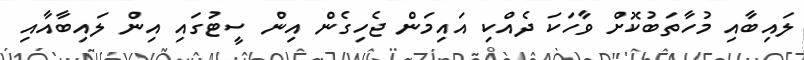
ލައިބާއި މުހާތަބުކޮށް ވާހަކަ ދެއްކި އައިމަން ޖެހިގެން އިން ސީޓުގައި އިން ލައިބާއާއި